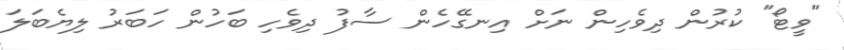
"ވީޓޯ" ކުރުން ދިވެހިން ނަށް އިނގޭހެން ސާފު ދިވެހި ބަހުން ހަބަރު ލިޔެބަލަ